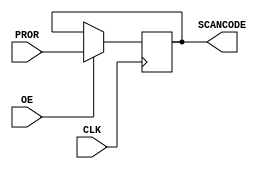
`timescale 1ns / 1ps

module OUTREG( 
	input  [7:0] PROR,
	input  CLK,
	input OE,
	output reg [7:0] SCANCODE
    );
	 
reg [7:0] PRORlink;
	 
always@(negedge CLK) begin
	if (OE) begin
		SCANCODE<=PROR;
	end
	end

always@(negedge CLK)
	PRORlink<=PROR;
	
endmodule